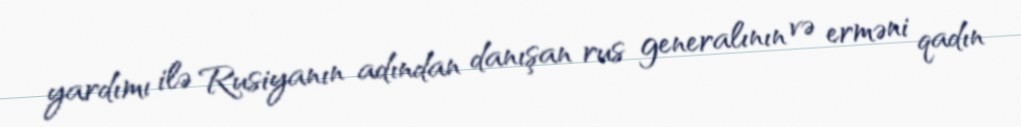
yardımı ilə Rusiyanın adından danışan rus generalının və erməni qadın